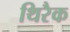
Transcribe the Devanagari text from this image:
थिरैक